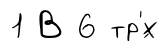
1 В 6 тр'́х